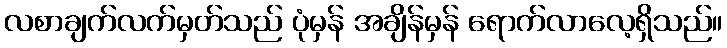
လစာချက်လက်မှတ်သည် ပုံမှန် အချိန်မှန် ရောက်လာလေ့ရှိသည်။